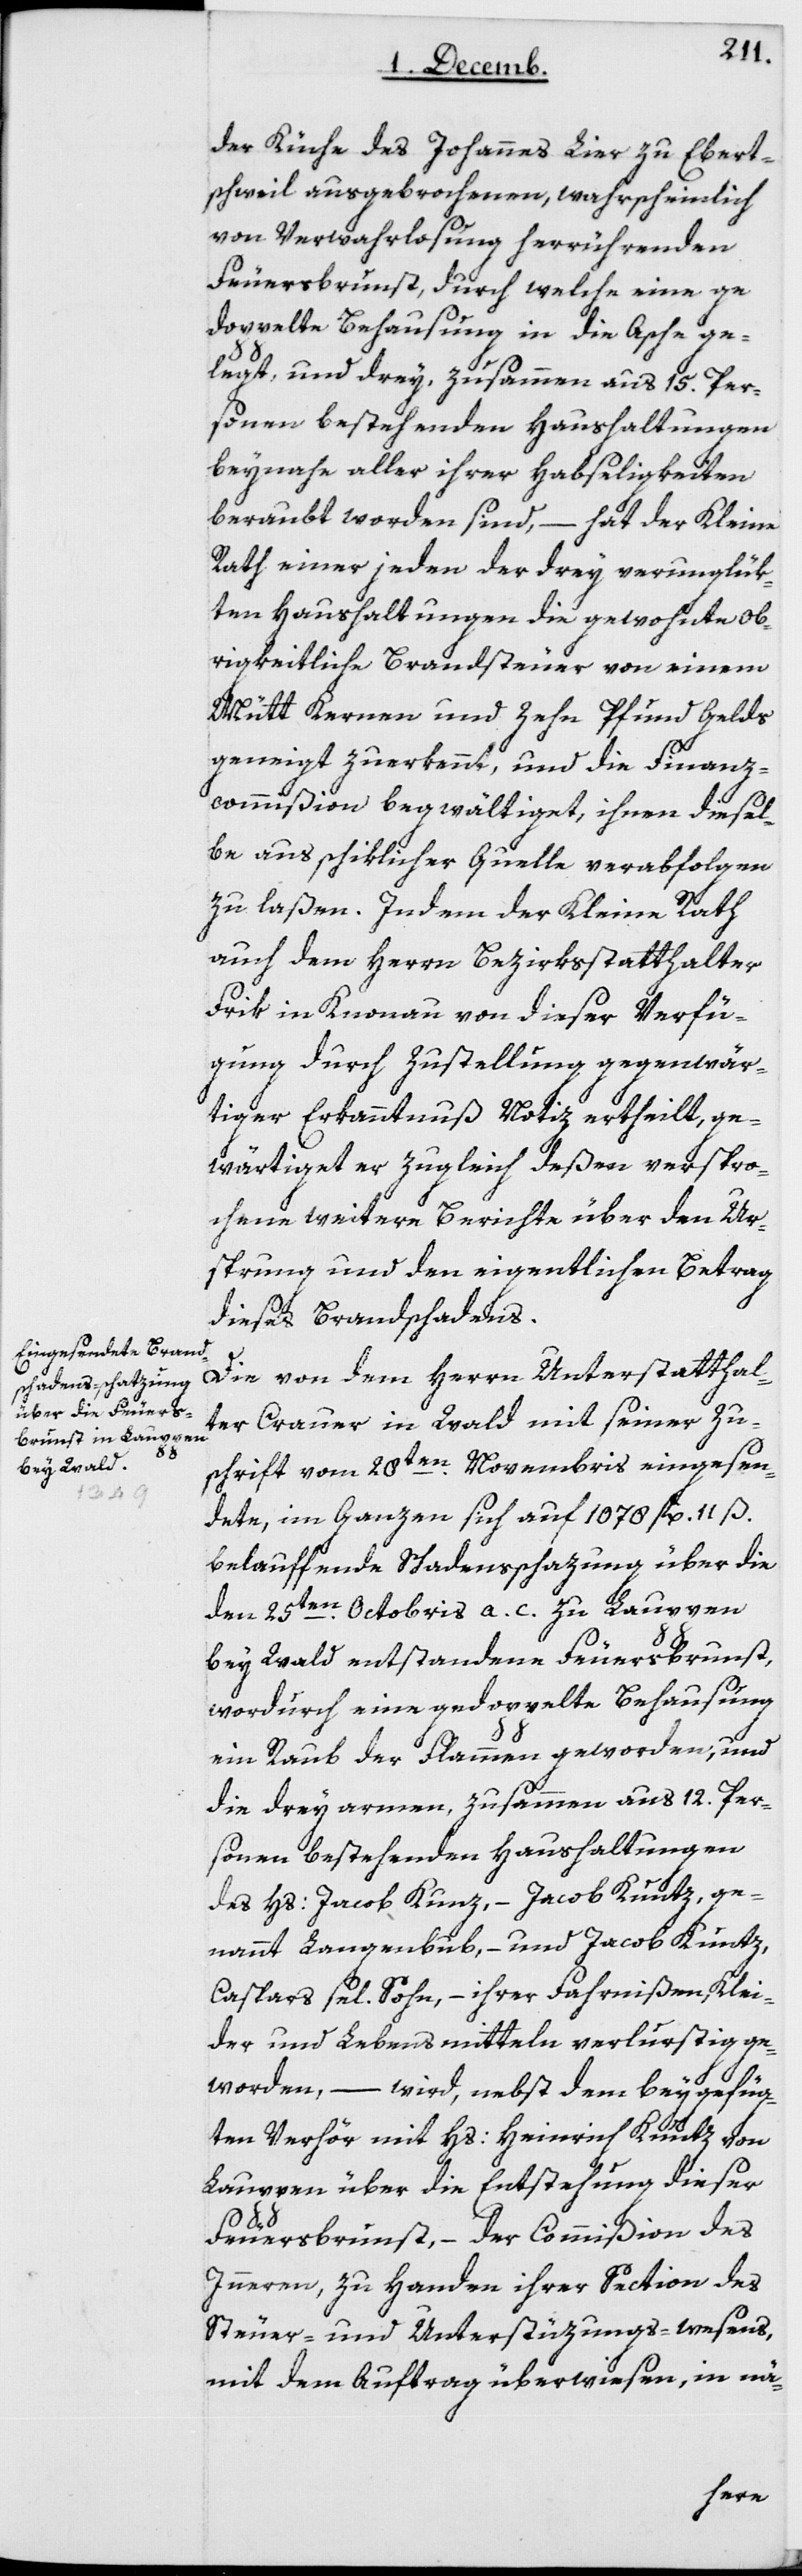
der Küche des Johannes Lier zu Ebert¬
schweil ausgebrochenen, wahrscheinlich
von Verwahrlosung herrührenden
Feuersbrunst, durch welche eine ge¬
doppelte Behausung in die Asche ge¬
legt und drey, zusammen aus 15 Per¬
sonen bestehenden Haushaltungen
beinahe aller ihrer Habseligkeiten
beraubt worden sind, – hat der Kleine
Rath einer jeden der drey verunglük¬
ten Haushaltungen die gewohnte ob¬
rigkeitliche Brandsteuer von einem
Mütt Kernen und zehn Pfund Gelds
geneigt zuerkennt, und die Finanz¬
commißion begwältiget, ihnen diesel¬
be aus schiklicher Quelle verabfolgen
zu laßen. Indem der Kleine Rath
auch dem Herrn Bezirksstatthalter
Frik in Knonau von dieser Verfü¬
gung durch Zustellung gegenwär¬
tiger Erkanntnuß Notiz ertheilt, ge¬
wärtigt er zugleich deßen verspro¬
chene weitere Berichte über den Ur¬
sprung und den eigentlichen Betrag
dieses Brandschadens.
Die von dem Herrn Unterstatthal¬
ter Crauer in Wald mit seiner Zu¬
schrift vom 28ten Novembris eingesen¬
dete, im Ganzen sich auf 1078 fl. 11 ß
belaufende Schadensschazung über die
den 25ten Octobris a. c. zu Lauppen
bey Wald entstandene Feuersbrunst,
wodurch eine gedoppelte Behausung
ein Raub der Flammen geworden, und
die drey armen, zusammen aus 12 Per¬
sonen bestehenden Haushaltungen
des Hs. Jacob Kunz, – Jacob Kuntz, ge¬
nannt Langenbub, – und Jacob Kuntz,
Caspars sel. Sohn, – ihrer Fahrnißen, Klei¬
der und Lebensmitteln verlurstig ge¬
worden, – wird, nebst dem beygefüg¬
ten Verhör mit Hs. Heinrich Kuntz von
Lauppen über die Entstehung dieser
Feuersbrunst, – der Commißion des
Innern, zu Handen ihrer Section des
Steuer- und Unterstüzungs-wesens,
mit dem Auftrag überwiesen, in nä-